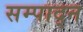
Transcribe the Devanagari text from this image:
सम्पाद्न